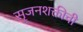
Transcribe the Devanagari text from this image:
सृजनशक्तीची